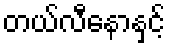
တယ်လီနောနှင့်